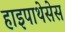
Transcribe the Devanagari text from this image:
हाइपाथेसेस